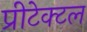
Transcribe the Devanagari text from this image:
प्रीटेक्टल